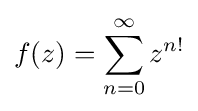
f(z)=\sum _{n=0}^{\infty }z^{n!}